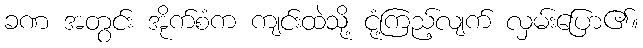
ခဏ အတွင်း အိုက်စံက ကျင်းထဲသို့ ငုံ့ကြည့်လျက် လှမ်းပြော၏။